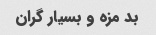
بد مزه و بسیار گران